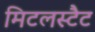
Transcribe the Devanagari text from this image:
मिटलस्टैट